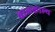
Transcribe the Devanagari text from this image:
बालकाल्य